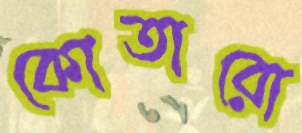
কোতারো